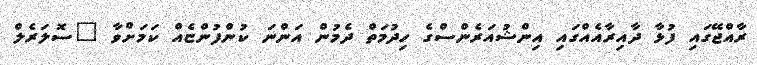
ރާއްޖޭގައި ފުޅާ ދާއިރާއެއްގައި އިންޝުއަރެންސްގެ ހިދުމަތް ދެމުން އަންނަ ކުންފުންޏެއް ކަމަށްވާ "ސޮލަރެެލް